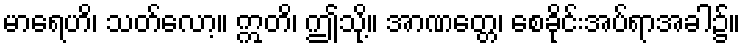
မာရေဟိ၊ သတ်လော့။ ဣတိ၊ ဤသို့။ အာဏတ္တေ၊ စေခိုင်းအပ်ရာအခါ၌။